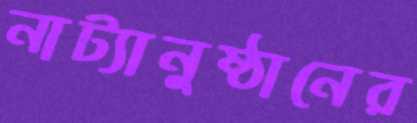
নাট্যানুষ্ঠানের